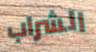
الشراب